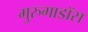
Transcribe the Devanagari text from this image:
मुरुगाडॉस